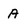
Character: A